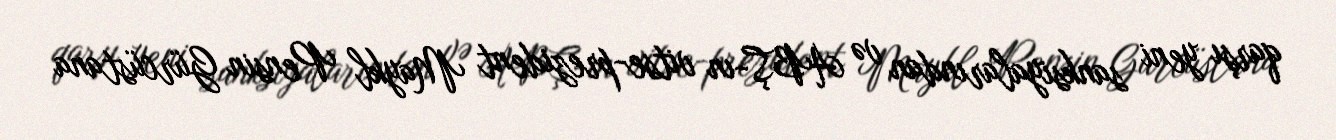
qarşı yeni sanksiyalarından və ABŞ-ın vitse-prezident Maykl Pensin Gürcüstana